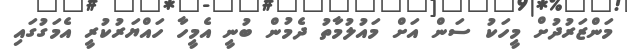
މަންޒަރުދުށް މީހަކު ސަން އަށް މައުލުމާތު ދެމުން ބުނީ އެމީހާ ހައްޔަރުކުރީ އެމަގުގައި